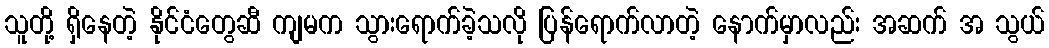
သူတို့ ရှိနေတဲ့ နိုင်ငံတွေဆီ ကျမက သွားရောက်ခဲ့သလို ပြန်ရောက်လာတဲ့ နောက်မှာလည်း အဆက် အ သွယ်